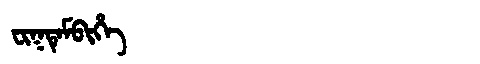
Manchu: ᠸᡳᡴᡨᡝᠮᠪᡳᡥᡝ
Romanization: FIKTEMBIHE